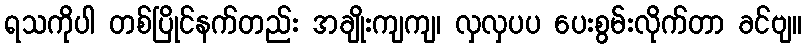
ရသကိုပါ တစ်ပြိုင်နက်တည်း အချိုးကျကျ၊ လှလှပပ ပေးစွမ်းလိုက်တာ ခင်ဗျ။